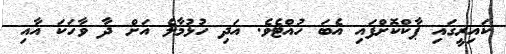
ކައިރީގައި ޕާކްކޮށްފައި އެބަ ހުއްޓެވެ. އަދި ހުޅުމާލެ އަށް ދާ ވާހަކަ އާއި